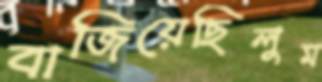
বাজিয়েছিলুম